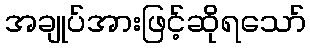
အချုပ်အားဖြင့်ဆိုရသော်